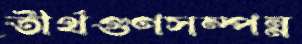
তীর্থগুণসম্পন্ন